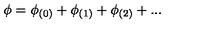
\phi = \phi _ { ( 0 ) } + \phi _ { ( 1 ) } + \phi _ { ( 2 ) } + . . .